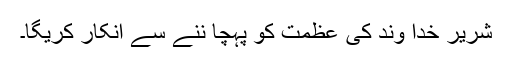
شریر خدا وند کی عظمت کو پہچا ننے سے انکار کریگا۔